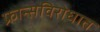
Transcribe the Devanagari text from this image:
फ्रान्सविरोधात